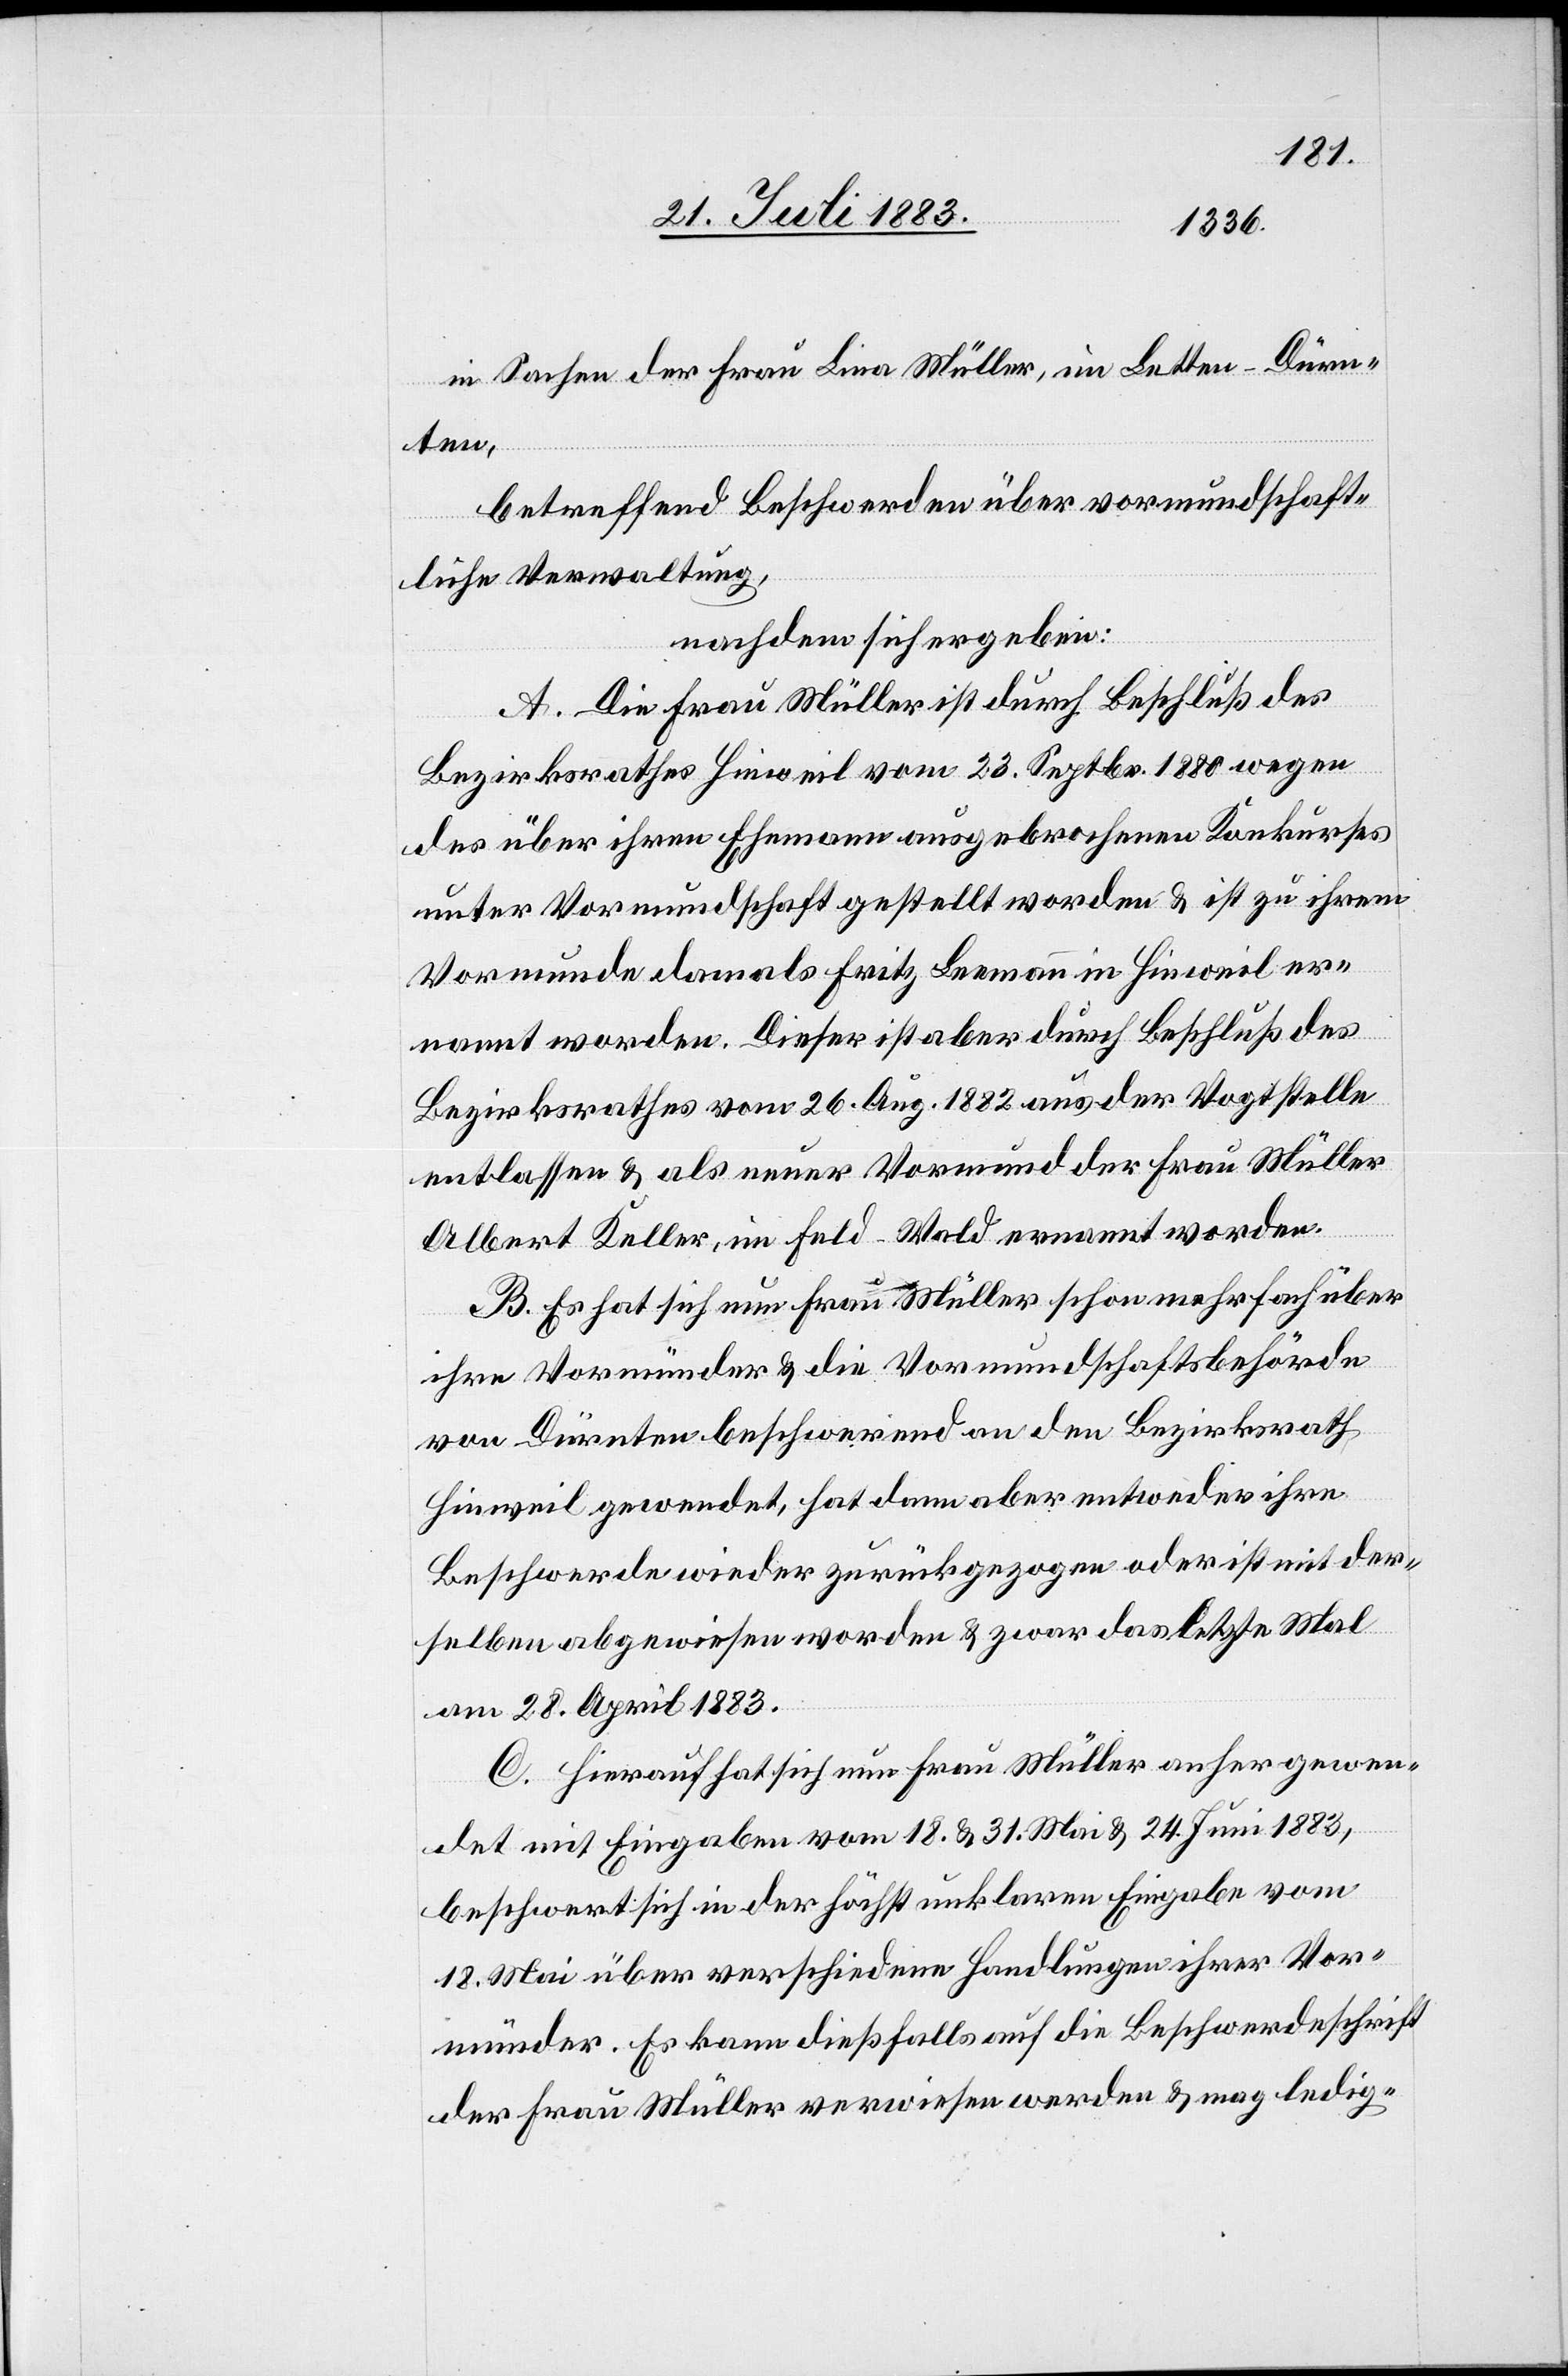
in Sachen der Frau Lina Müller, im Letten - Dürn¬
dann
betreffend Beschwerde über vormundschaft¬
liche Verwaltung,
nachdem sich ergeben:
A. Die Frau Müller ist durch Beschluß des
ihre
Bezirksrathes Hinweil vom 23. Septbr. 1880 wegen
des über ihren Ehemann ausgebrochenen Konkurses
unter Vormundschaft gestellt worden & ist zu ihrem
Vormunde damals Fritz Leemann in Hinweil er¬
nannt worden. Dieser ist aber durch Beschluß des
Bezirksrathes vom 26. Aug. 1882 aus der Vogtstelle
Albert Keller, im Feld - Wald ernannt worden.
B. Es hat sich nun Frau Müller schon mehrfach über
ihre Vormünder & die Vormundschaftsbehörde
von Dürnten beschwerend an den Bezirksrath
Beschwerde wieder zurückgezogen oder ist mit der¬
selben abgewiesen worden & zwar das letzte Mal
am 28. April 1883.
C. Hierauf hat sich nun Frau Müller anher gewen¬
det mit Eingaben vom 18. & 31. Mai & 24. Juni 1883,
beschwert sich in der höchst unklaren Eingabe vom
18. Mai über verschiedene Handlungen ihrer Vor¬
münder. Es kann dießfalls auf die Beschwerdeschrift
der Frau Müller verwiesen werden & mag ledig-